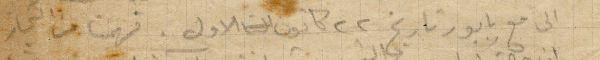
الى مع بابور تاريخ ٢٢ كانون الأول. فهمنا من التجار